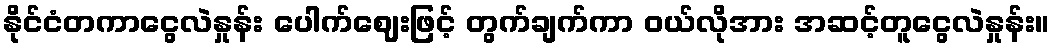
နိုင်ငံတကာငွေလဲနှုန်း ပေါက်ဈေးဖြင့် တွက်ချက်ကာ ဝယ်လိုအား အဆင့်တူငွေလဲနှုန်း။